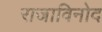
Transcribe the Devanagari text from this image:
राजाविनोद